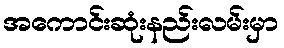
အကောင်းဆုံးနည်းလမ်းမှာ